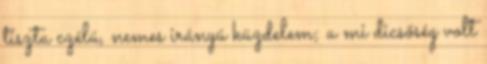
tiszta czélú, nemes irányú küzdelem; a mi dicsőség volt